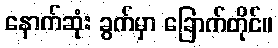
နောက်ဆုံး ခွက်မှာ ခြောက်တိုင်။